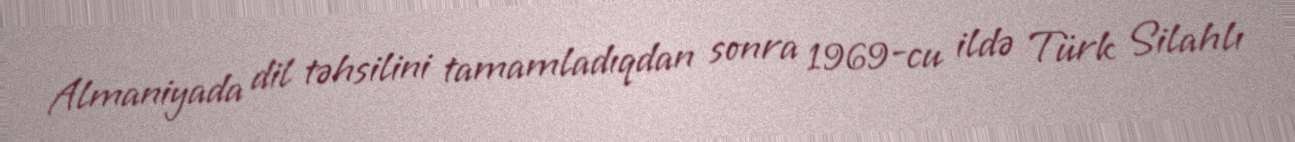
Almaniyada dil təhsilini tamamladıqdan sonra 1969-cu ildə Türk Silahlı